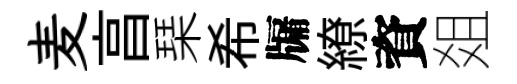
麦亯琹希牖繚資爼